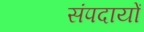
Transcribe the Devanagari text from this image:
संपदायों